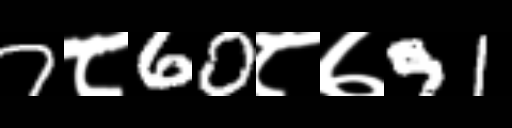
Text: 7८60८७91